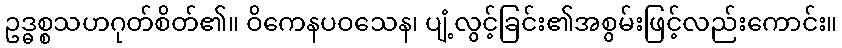
ဥဒ္ဓစ္စသဟဂုတ်စိတ်၏။ ဝိကေနပဝသေန၊ ပျံ့လွင့်ခြင်း၏အစွမ်းဖြင့်လည်းကောင်း။